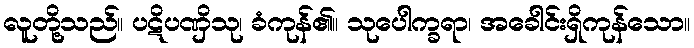
လူတို့သည်။ ပဋိပဏှိသု၊ ခံကုန်၏။ သုပေါက္ခရာ၊ အခေါင်းရှိကုန်သော။